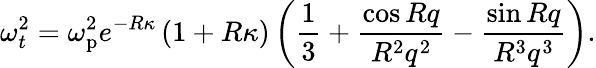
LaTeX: \omega_{t}^{2}=\omega_{\mathrm{p}}^{2}e^{-R\kappa}\left(1+R\kappa\right)\left(\frac{1}{3}+\frac{\cos Rq}{R^{2}q^{2}}-\frac{\sin Rq}{R^{3}q^{3}}\right).